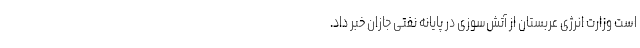
است وزارت انرژی عربستان از آتش‌سوزی در پایانه نفتی جازان خبر داد.